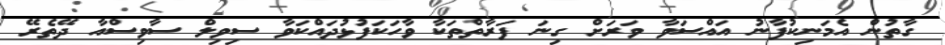
ގާތުން އެމަނިކުފާނު އައްސަވާ ވަރަށް ގިނަ ފަރާތްތަކާ ވާހަކަފުޅުދައްކަވާ ސިވިލް ސާވިސްއާ ދޭތެރޭ